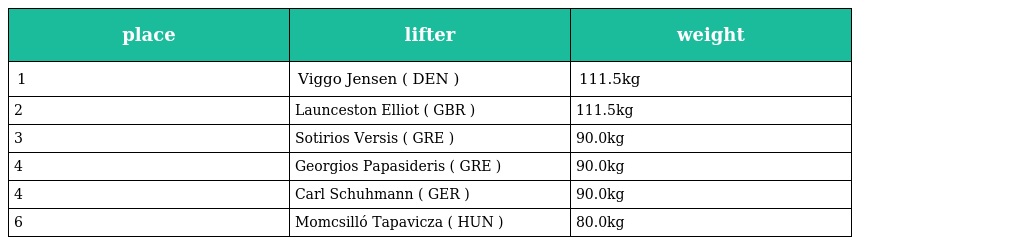
| place | lifter | weight |
 | --- | --- | --- |
 | 1 | Viggo Jensen ( DEN ) | 111.5kg |
 | 2 | Launceston Elliot ( GBR ) | 111.5kg |
 | 3 | Sotirios Versis ( GRE ) | 90.0kg |
 | 4 | Georgios Papasideris ( GRE ) | 90.0kg |
 | 4 | Carl Schuhmann ( GER ) | 90.0kg |
 | 6 | Momcsilló Tapavicza ( HUN ) | 80.0kg |